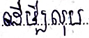
ដើម្បីលុប